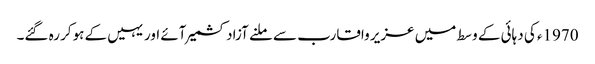
1970ء کی دہائی کے وسط میں عزیر واقارب سے ملنے آزادکشمیر آئے اور یہیں کے ہوکر رہ گئے۔